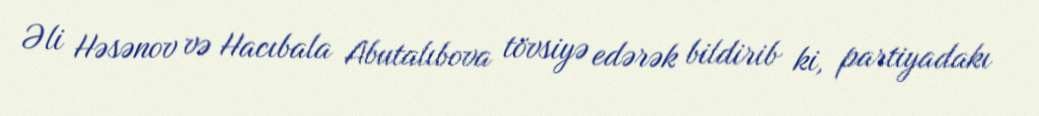
Əli Həsənov və Hacıbala Abutalıbova tövsiyə edərək bildirib ki, partiyadakı